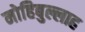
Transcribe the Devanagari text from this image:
मोहिबुल्लाह